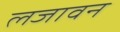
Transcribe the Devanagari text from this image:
लजावन